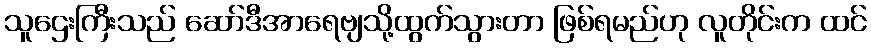
သူဌေးကြီးသည် ဆော်ဒီအာရေဗျသို့ထွက်သွားတာ ဖြစ်ရမည်ဟု လူတိုင်းက ထင်